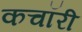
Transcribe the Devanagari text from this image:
कचॉरी